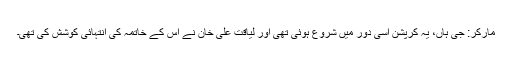
مارکر: جی ہاں، یہ کرپشن اسی دور میں شروع ہوئی تھی اور لیاقت علی خان نے اس کے خاتمہ کی انتہائی کوشش کی تھی۔